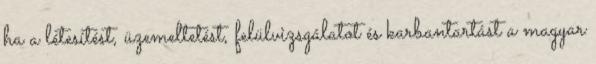
ha a létesítést, üzemeltetést, felülvizsgálatot és karbantartást a magyar